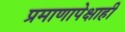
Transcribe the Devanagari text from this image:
प्रमाणापेक्षाही